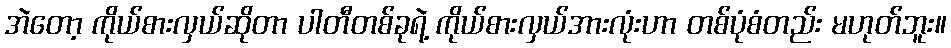
အဲတော့ ကိုယ်စားလှယ်ဆိုတာ ပါတီတစ်ခုရဲ့ ကိုယ်စားလှယ်အားလုံးဟာ တစ်ပုံစံတည်း မဟုတ်ဘူး။